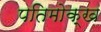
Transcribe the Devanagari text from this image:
पतिमोक्ख